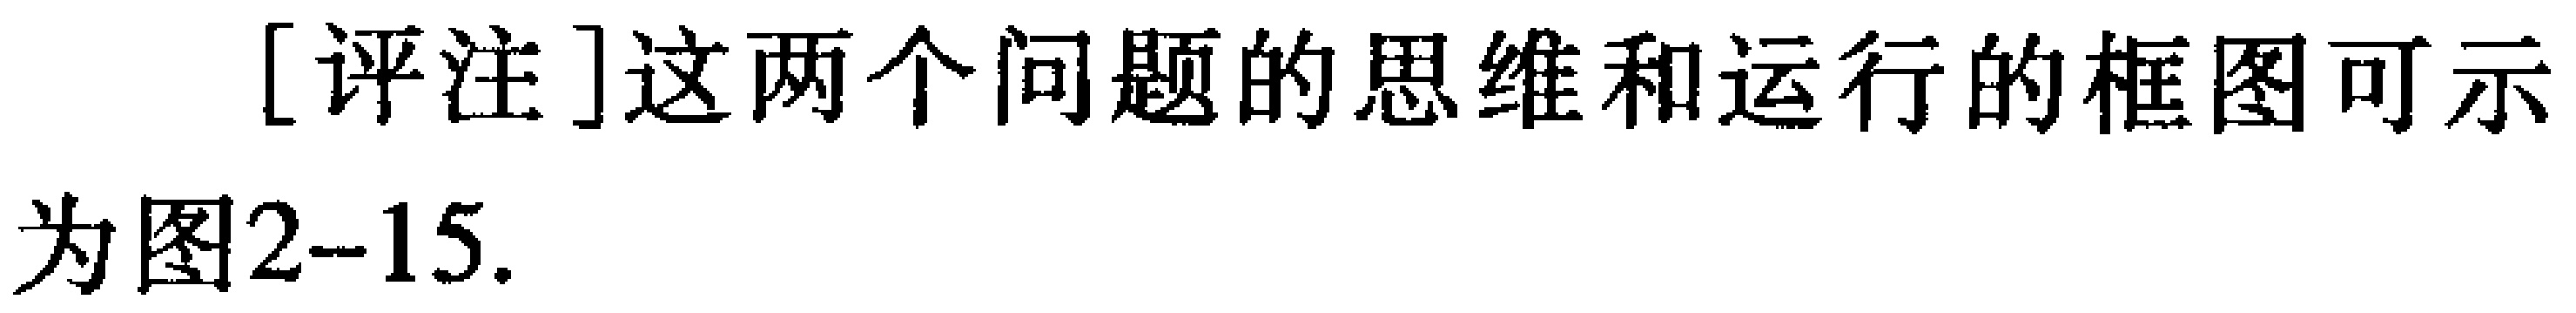
[评注]这两个问题的思维和运行的框图可示为图2--15.